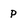
Character: p